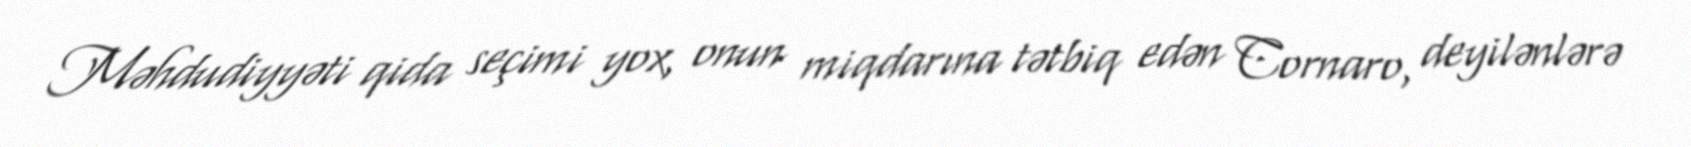
Məhdudiyyəti qida seçimi yox, onun miqdarına tətbiq edən Cornaro, deyilənlərə